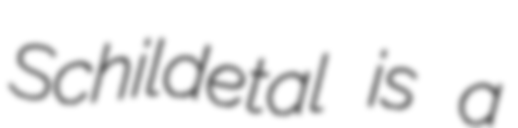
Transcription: Schildetal is a